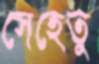
সেহেতু